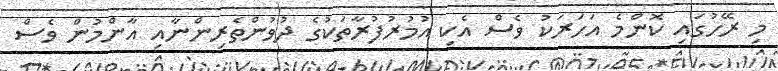
މި ރޭހުގައި ކޮންމެ އަހަރަކު ވެސް އެކި އުމުރުފުރާތަކުގެ ދުވުންތެރިންނާއި އާންމުން ވެސް